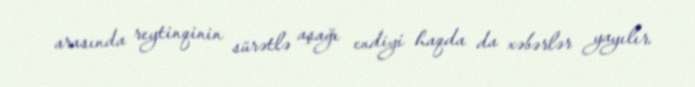
arasında reytinqinin sürətlə aşağı endiyi haqda da xəbərlər yayılır.